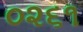
૦૨૬૧